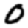
Digit: 0